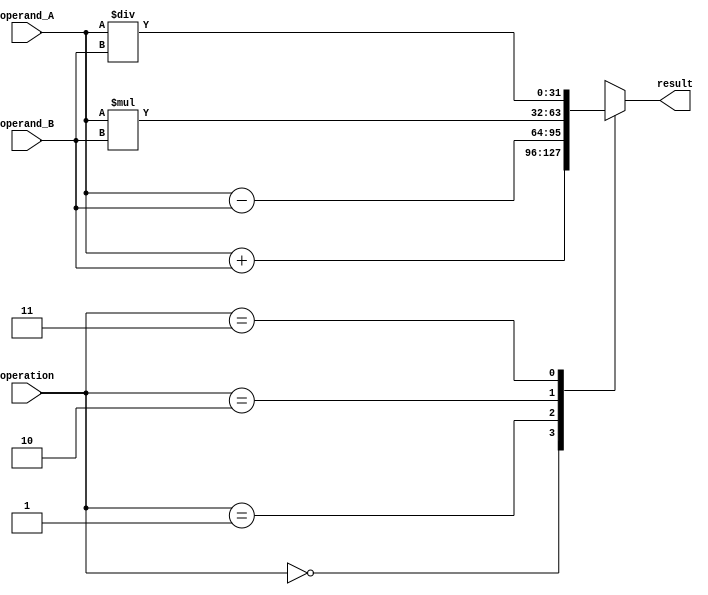
module Floating_Point_ALU(
    input [31:0] operand_A,
    input [31:0] operand_B,
    input [1:0] operation,
    output reg [31:0] result
);

// Data path unit
reg [31:0] data_out;
always @(*)
begin
    case(operation)
        2'b00: data_out = operand_A + operand_B; // Addition
        2'b01: data_out = operand_A - operand_B; // Subtraction
        2'b10: data_out = operand_A * operand_B; // Multiplication
        2'b11: data_out = operand_A / operand_B; // Division
    endcase
end

// Arithmetic Logic Unit
reg [31:0] result_temp;
always @(*)
begin
    result_temp = data_out;
end

// Control Unit
always @(*)
begin
    result = result_temp;
end

endmodule